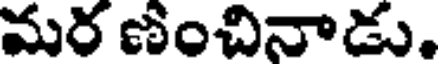
మర ణంచినాడు.